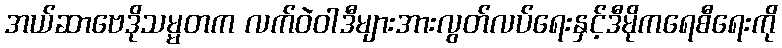
အယ်ဆာဗေဒိုသမ္မတက လက်ဝဲဝါဒီများအားလွတ်လပ်ရေးနှင့်ဒီမိုကရေစီရေးကို